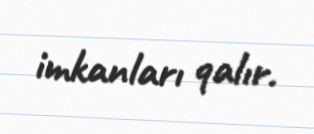
imkanları qalır.